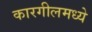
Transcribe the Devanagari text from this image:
कारगीलमध्ये